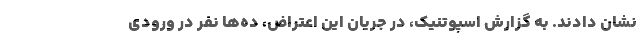
نشان دادند. به گزارش اسپوتنیک، در جریان این اعتراض، ده‌ها نفر در ورودی